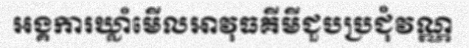
អង្គការឃ្លាំមើលអាវុធគីមីជួបប្រជុំវណ្ណ